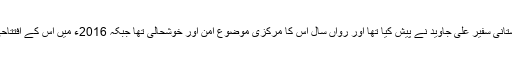
سول سوسائٹیز ڈائیلاگ کے اس پلیٹ فارم کا خیال پاکستانی سفیر علی جاوید نے پیش کیا تھا اور رواں سال اس کا مرکزی موضوع امن اور خوشحالی تھا جبکہ 2016ء میں اس کے افتتاحی اجلاس کا مرکزی نقطہ مشترکہ سٹریٹجک وژن تھا۔